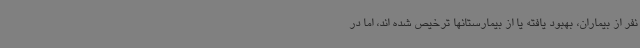
نفر از بیماران، بهبود یافته یا از بیمارستانها ترخیص شده اند، اما در